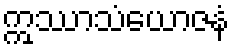
ဣဿာသံယောဇနံ